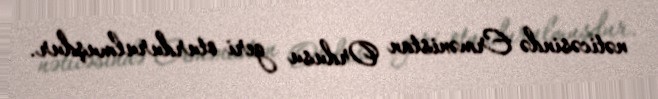
nəticəsində Ermənistan Ordusu geri oturdurulmuşdur.